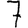
Digit: 7